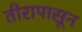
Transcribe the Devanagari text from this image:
तीरापासून